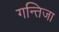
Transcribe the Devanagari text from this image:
गन्तिजा